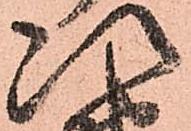
次